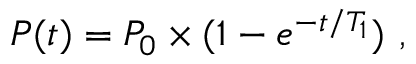
P ( t ) = P _ { 0 } \times ( 1 - e ^ { - t / T _ { 1 } } ) \ ,